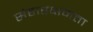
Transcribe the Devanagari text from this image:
संहारक्षमता